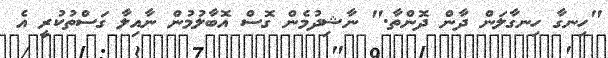
"ހިނގާ ހިނގާލަން ދާން ދޮންތާ." ނާޝިދުމެން ގޮސް އޮބާލުމުން ނާއިލާ ގަސްތުކުރީ އެ